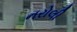
નરોલી